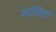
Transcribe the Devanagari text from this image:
व्यक्तिगं